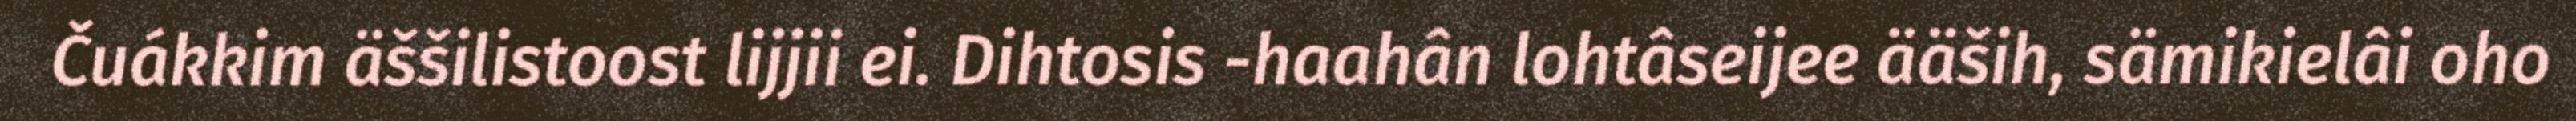
Čuákkim äššilistoost lijjii ei. Dihtosis -haahân lohtâseijee ääših, sämikielâi oho